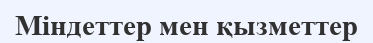
Міндеттер мен қызметтер